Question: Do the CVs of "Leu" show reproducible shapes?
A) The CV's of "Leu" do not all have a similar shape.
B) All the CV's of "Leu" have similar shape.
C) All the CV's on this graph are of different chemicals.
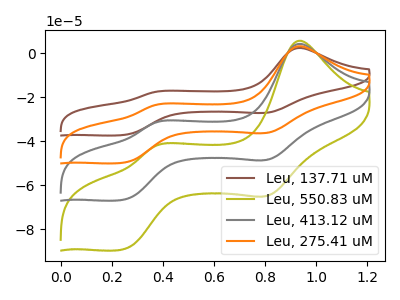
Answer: <think>The brown curve "Leu, 137.71 uM" has anodic peaks at (0.95V, 2.35uA) (0.35V, -17.65uA) and cathodic peaks at (0.80V, -27.00uA) (0.25V, -37.25uA). The olive curve "Leu, 550.83 uM" has anodic peaks at (0.95V, 9.50uA) (0.35V, -70.75uA) and cathodic peaks at (0.80V, -108.35uA) (0.25V, -149.65uA). The gray curve "Leu, 413.12 uM" has anodic peaks at (0.95V, 6.35uA) (0.35V, -47.20uA) and cathodic peaks at (0.80V, -72.25uA) (0.25V, -99.75uA). The orange curve "Leu, 275.41 uM" has anodic peaks at (0.95V, 3.15uA) (0.35V, -23.60uA) and cathodic peaks at (0.80V, -36.10uA) (0.25V, -49.90uA).
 All the peaks in "Leu, 137.71 uM" have a peak in "Leu, 550.83 uM" at the same potential. All the peaks in "Leu, 137.71 uM" have a peak in "Leu, 413.12 uM" at the same potential. All the peaks in "Leu, 137.71 uM" have a peak in "Leu, 275.41 uM" at the same potential. All the peaks in "Leu, 550.83 uM" have a peak in "Leu, 413.12 uM" at the same potential. All the peaks in "Leu, 550.83 uM" have a peak in "Leu, 275.41 uM" at the same potential. All the peaks in "Leu, 413.12 uM" have a peak in "Leu, 275.41 uM" at the same potential.</think>
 <answer>B) All the CV's of "Leu" have similar shape.</answer>
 <eval>B</eval>